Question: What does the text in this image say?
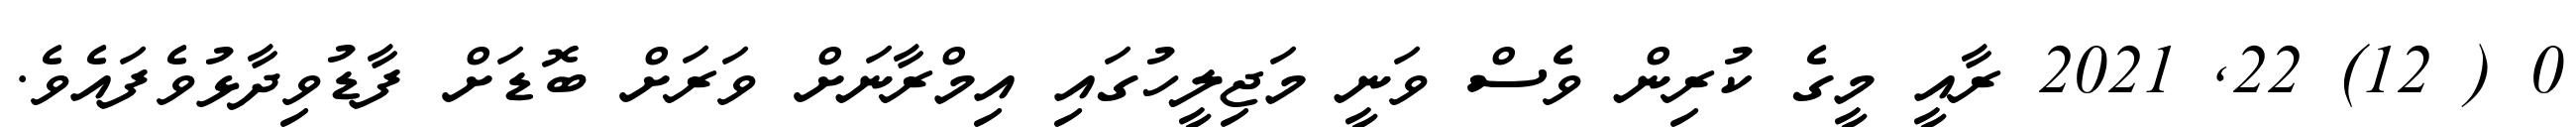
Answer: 0 ( 12) 22, 2021 ރާއީ މީގެ ކުރިން ވެސް ވަނީ މަޖިލީހުގައި އިމްރާނަށް ވަރަށް ބޮޑަށް ފާޑުވިދާޅުވެފައެވެ.